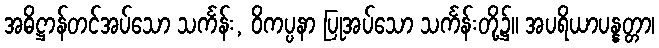
အဓိဋ္ဌာန်တင်အပ်သော သင်္ကန်း, ဝိကပ္ပနာ ပြုအပ်သော သင်္ကန်းတို့၌။ အပရိယာပန္နတ္တာ၊